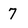
Character: 7